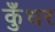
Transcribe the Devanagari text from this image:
कुँधर